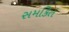
સમકિત